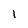
Character: 1